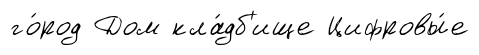
го́род Дом кла́дб'ище Цифровы́е